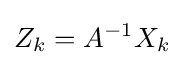
Z_{k}=A^{-1}X_{k}